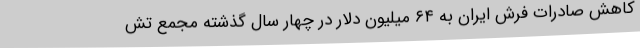
کاهش صادرات فرش ایران به ۶۴ میلیون دلار در چهار سال گذشته مجمع تش